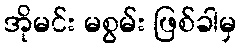
အိုမင်း မစွမ်း ဖြစ်ခါမှ